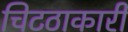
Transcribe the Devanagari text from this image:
चिटठाकारी